Leaving Certificate Examination, 1925
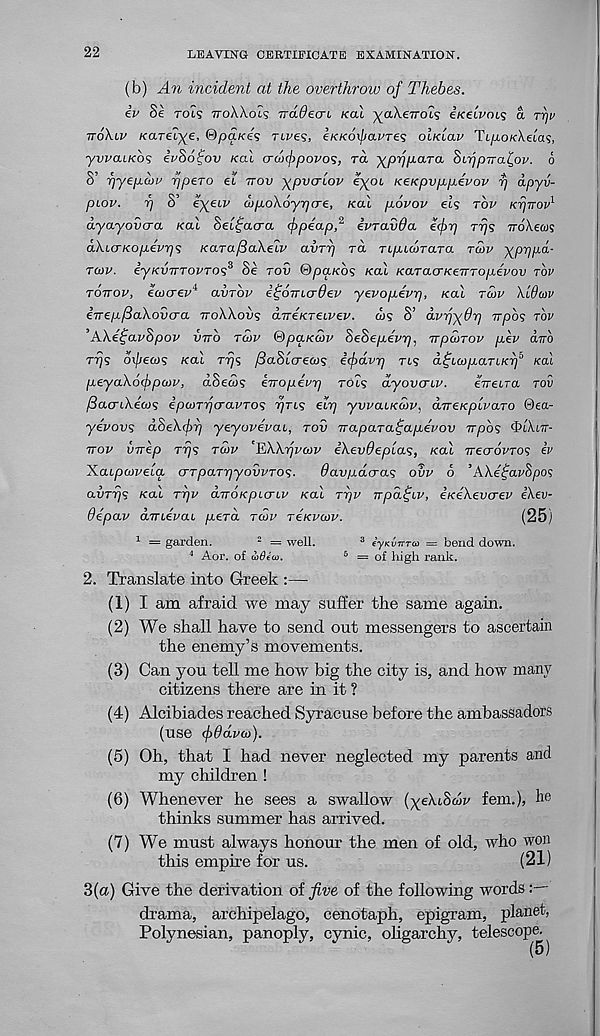
22
LEAVING CERTIFICATE EXAMINATION.
(b) An incident at the overthrow of Thebes,
ev Se TOLS TTOWOLS TraOeari /cat ^aXe/rot? e/cetVot? a rrjv
TTOXLV /caret^e, &paKes Tbves, e/CAOi/zai’Te? OLKLOV Tt/xo/cXeta?,
ywaiKOs eVSofov /cat o-cofipovos, ra ^pypara SLijp-ira^ov. 6
8' fyepaiu r/pero et TTOV ^pvarLov eyoc KeKpvppevov rj apyv-
piov.
r/ 8’ eyeiv uipoXoyrjcre, KO.1 povov ets rbv Kijirov 1
dyayovara KCLI Setfacra fpeap, 2 ivravOa efrj rrjs TroXews
dXicrKopevps KO.TafiaXelv avTrj ra rt/atwrara TCOV -^prjpd-
TU>V.
iyKVTTTOVTOs 3 Se rod ©pa/co? Kat KaracrKeTTropevov rbv
TOTTOV, eu>o-ev i avrov ifomcrdev yevopevp, /cat TO>V XWUV
iTrep/SaXovcra TTOXXOVS aTreKTeivev. ws S’ dvrj-^Op TTpos rbv
’AXe^avSpov VTTO TCOV %pa.K(ov SeSepevr), TTpcorov pev anb
rr/s m/jews /cat TTJS /3aStcre&)s ifdvr] ns d.^Lu>panKrf /cat
peyaAofpcov, aSew? eTropevr) rots dyovcnv.
eVetra rou
fia/TiXecos ipwrijo-avTOs r/ns elrj yvvcuKui’, aTre/cyotVaro @ea-
yevovs dSeXfy] yeyovevaL, TOV irapaTa^apepov irpos 'bi'knr-
TTOV vvkp rrjs TU>V 'FXkrjvwv iKevOeptas, /cat TTECTOVTOS iv
XaLpatvcia crTparpyoiivTOs.
davpdcras ovv 6 ’ AXe^avSpos
avrrjs /cat rrjv anoKpicri.i' KCLL T-QV wpafiv, iKeXevcrev i\ev-
Oepav dvrieVat perd TUV reKvaiv.
(25)
1 = garden.
2 = well.
3 iyKvnTa = bend down.
4 Aor. of a>8ia.
5 = of high rank.
2. Translate into Greek :—
(1) I am afraid we may suffer the same again.
(2) We shall have to send out messengers to ascertain
the enemy’s movements.
(3) Can you tell me how big the city is, and how many
citizens there are in it ?
(4) Alcibiades reached Syracuse before the ambassadors
(use fOdvo)).
(5) Oh, that I had never neglected my parents and
my children !
(6) Whenever he sees a swallow (yeXtScw fern.), he
thinks summer has arrived.
(7) We must always honour the men of old, who won
this empire for us.
(21)
3(a) Give the derivation oi five of the following words
drama, archipelago, cenotaph, epigram, planet,
Polynesian, panoply, cynic, oligarchy, telescope.
(5)